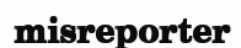
misreporter